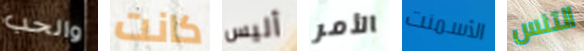
والحب كانت أليس الأمر الأسمنت التنس